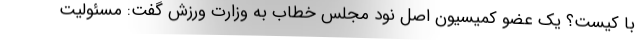
با کیست؟ یک عضو کمیسیون اصل نود مجلس خطاب به وزارت ورزش گفت: مسئولیت